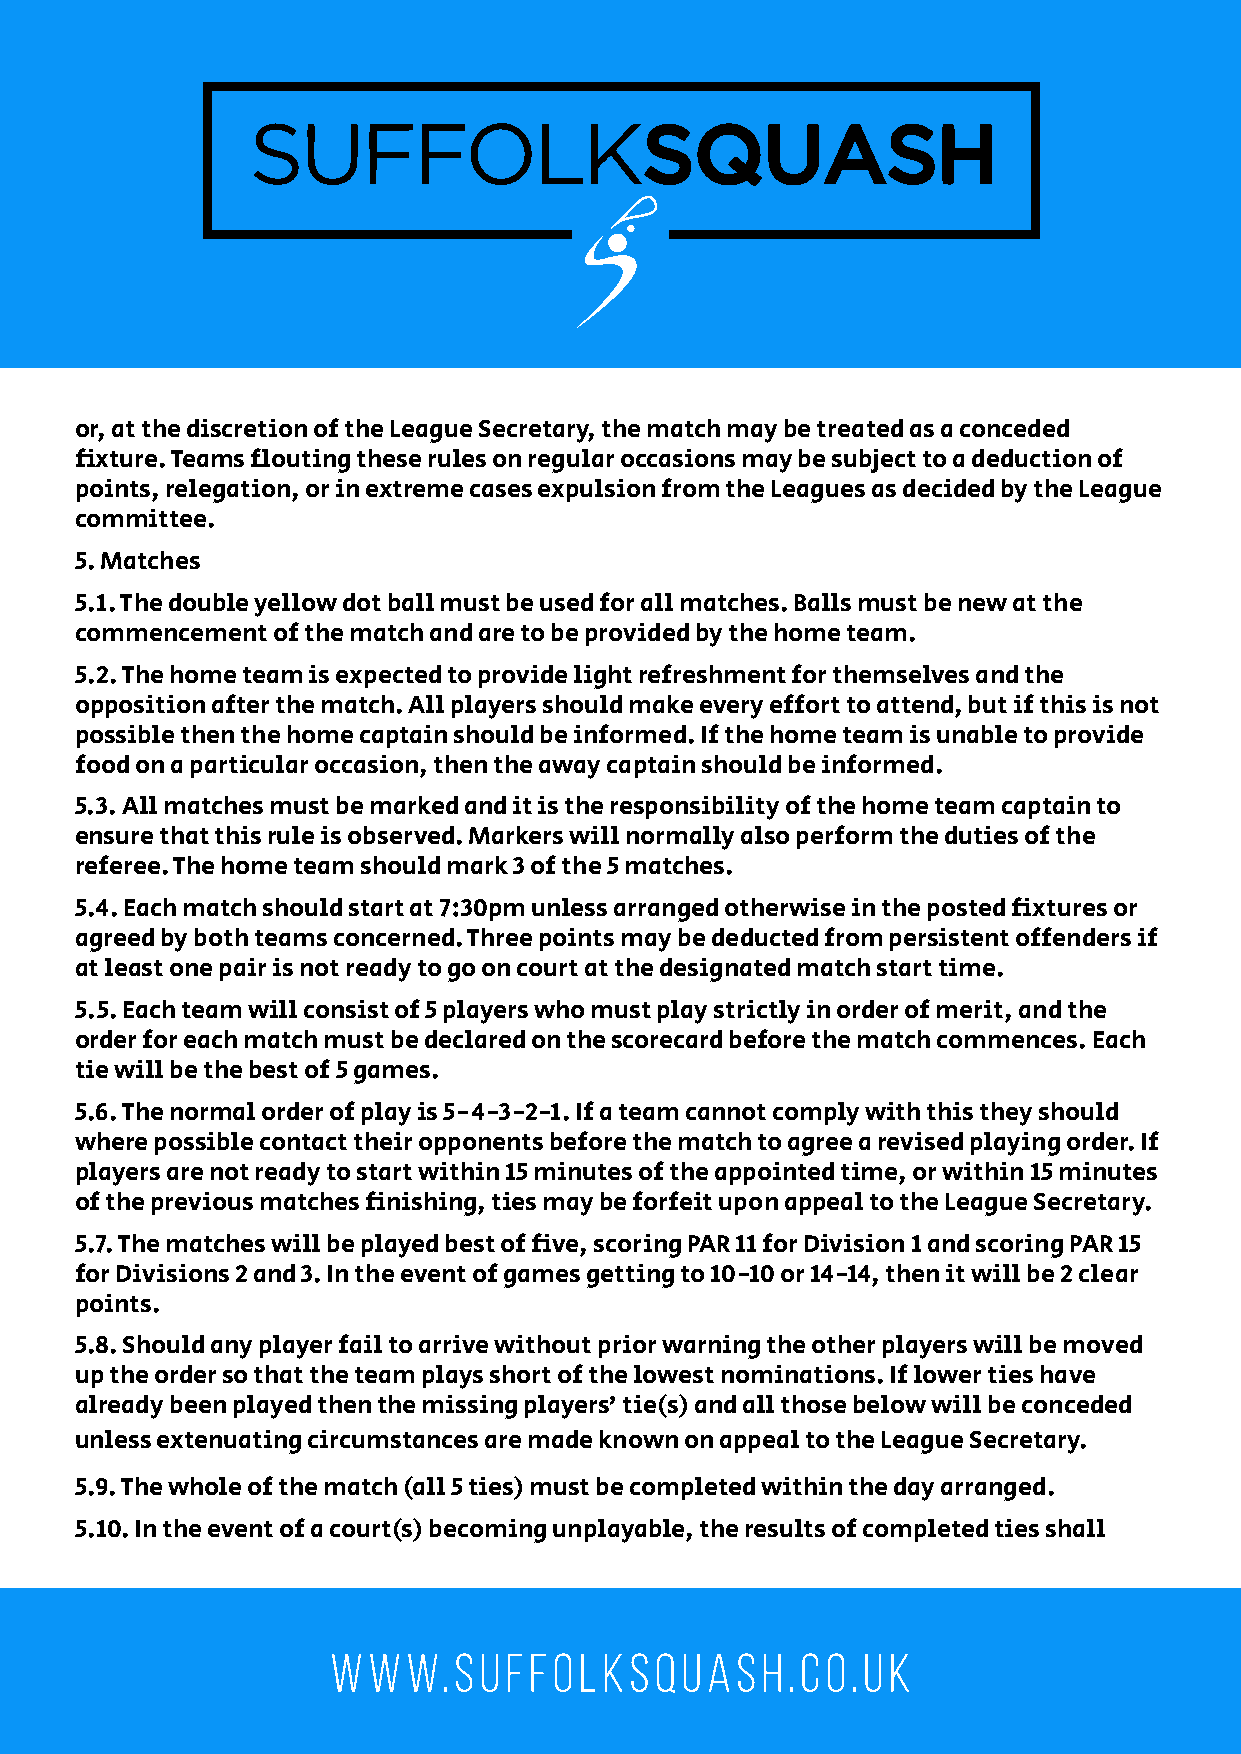
or, at the discretion of the League Secretary, the match may be treated as a conceded
 fixture. Teams flouting these rules on regular occasions may be subject to a deduction of
 points, relegation, or in extreme cases expulsion from the Leagues as decided by the League
 committee.
 5. Matches
 5.1. The double yellow dot ball must be used for all matches. Balls must be new at the
 commencement of the match and are to be provided by the home team.
 5.2. The home team is expected to provide light refreshment for themselves and the
 opposition after the match. All players should make every effort to attend, but if this is not
 possible then the home captain should be informed. If the home team is unable to provide
 food on a particular occasion, then the away captain should be informed.
 5.3. All matches must be marked and it is the responsibility of the home team captain to
 ensure that this rule is observed. Markers will normally also perform the duties of the
 referee. The home team should mark 3 of the 5 matches.
 5.4. Each match should start at 7:30pm unless arranged otherwise in the posted fixtures or
 agreed by both teams concerned. Three points may be deducted from persistent offenders if
 at least one pair is not ready to go on court at the designated match start time.
 5.5. Each team will consist of 5 players who must play strictly in order of merit, and the
 order for each match must be declared on the scorecard before the match commences. Each
 tie will be the best of 5 games.
 5.6. The normal order of play is 5-4-3-2-1. If a team cannot comply with this they should
 where possible contact their opponents before the match to agree a revised playing order. If
 players are not ready to start within 15 minutes of the appointed time, or within 15 minutes
 of the previous matches finishing, ties may be forfeit upon appeal to the League Secretary.
 5.7. The matches will be played best of five, scoring PAR 11 for Division 1 and scoring PAR 15
 for Divisions 2 and 3. In the event of games getting to 10-10 or 14-14, then it will be 2 clear
 points.
 5.8. Should any player fail to arrive without prior warning the other players will be moved
 up the order so that the team plays short of the lowest nominations. If lower ties have
 already been played then the missing players’ tie(s) and all those below will be conceded
 unless extenuating circumstances are made known on appeal to the League Secretary.
 5.9. The whole of the match (all 5 ties) must be completed within the day arranged.
 5.10. In the event of a court(s) becoming unplayable, the results of completed ties shall
 www.suffolksquash.co.uk